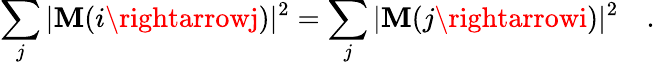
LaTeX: \sum_{j}|{\cal\mathbf{M}}(i\rightarrowj)|^{2}=\sum_{j}|{\cal\mathbf{M}}(j\rightarrowi)|^{2}\quad.